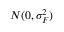
N ( 0 , \sigma _ { F } ^ { 2 } )